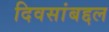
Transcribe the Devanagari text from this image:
दिवसांबद्दल